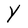
Character: Y